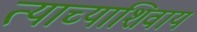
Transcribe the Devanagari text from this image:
त्याच्याशिवाय